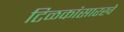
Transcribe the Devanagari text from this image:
टिळकांसारखे